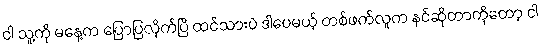
ငါ သူ့ကို မနေ့က ပြောပြလိုက်ပြီ ထင်သားပဲ ဒါပေမယ့် တစ်ဖက်လူက နင်ဆိုတာကိုတော့ ငါ